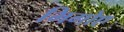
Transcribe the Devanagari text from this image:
भिगोए